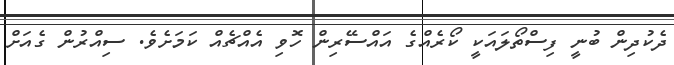
ދެކުދިން ބުނީ ފިސްތޯލައަކީ ކޯރެއްގެ އައްސޭރިން ހޮވި އެއްޗެއް ކަމަށެވެ. ސިއްރުން ގެއަށް